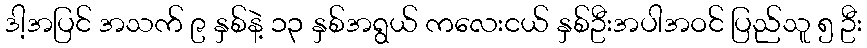
ဒါ့အပြင် အသက် ၉ နှစ်နဲ့ ၁၃ နှစ်အရွယ် ကလေးငယ် နှစ်ဦးအပါအဝင် ပြည်သူ ၅ ဦး